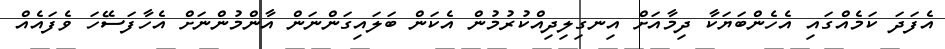
އެފަދަ ކަމެއްގައި އެހެންބަޔަކާ ދިމާއަށް އިނގިލިދިއްކުރުމުން އެކަން ބަލައިގަންނަން އާންމުންނަށް އެހާފަސޭހަ ވެފައެއް